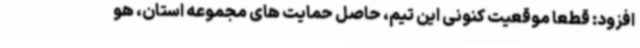
افزود: قطعا موقعیت کنونی این تیم، حاصل حمایت های مجموعه استان، هو